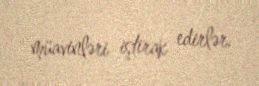
müavinləri iştirak edirlər.